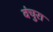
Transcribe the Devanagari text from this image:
वंचुरा